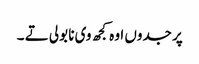
پر جدوں اوہ کجھ وی نا بولی تے ۔